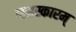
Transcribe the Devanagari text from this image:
नमस्कारम्